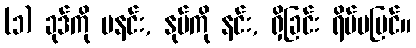
(၁) ခုဒ်ကို မနင်း, နုပ်ကို နင်း, ရှိခြင်း ရိပ်မမြင်။